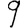
Digit: 9